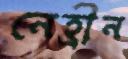
নেহ্রীন